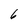
Character: 6